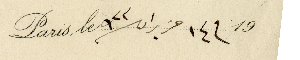
Paris, le م ١٤ حزيران سنة ٩٢٢ ١٩